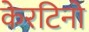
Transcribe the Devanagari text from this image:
केरटिनो